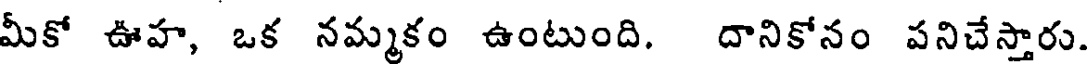
మీకో ఊహ, ఒక నమ్మకం ఉంటుంది. దానికోనం పనిచేస్తారు.